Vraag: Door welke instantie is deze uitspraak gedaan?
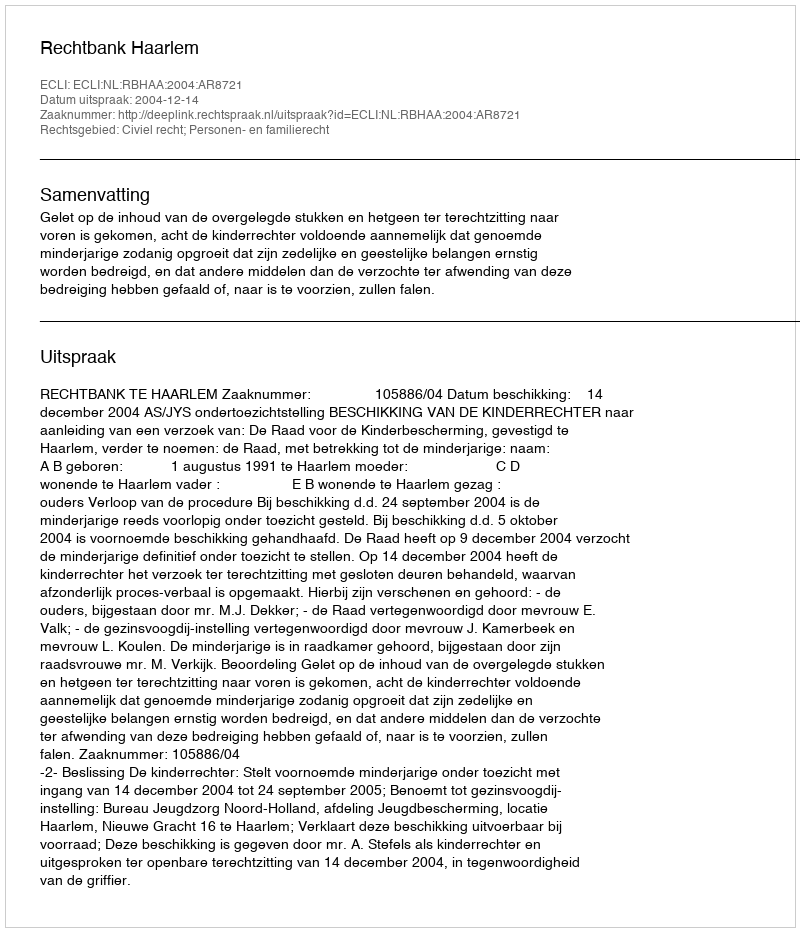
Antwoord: Rechtbank Haarlem